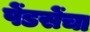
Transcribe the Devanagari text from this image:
पेंडसेंचा